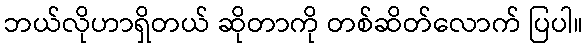
ဘယ်လိုဟာရှိတယ် ဆိုတာကို တစ်ဆိတ်လောက် ပြပါ။